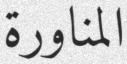
المناورة